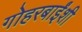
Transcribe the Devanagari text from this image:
गोहरबाईंशी